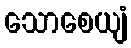
သောစေယျံ